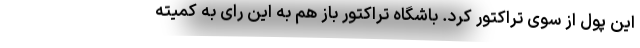
این پول از سوی تراکتور کرد. باشگاه تراکتور باز هم به این رای به کمیته